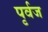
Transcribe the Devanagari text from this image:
पृर्वज